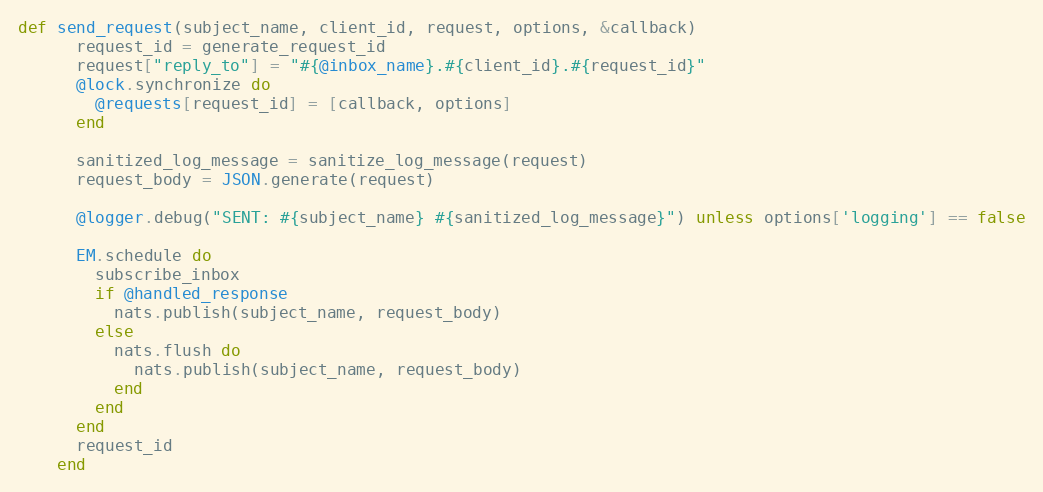
Language: Ruby
def send_request(subject_name, client_id, request, options, &callback)
      request_id = generate_request_id
      request["reply_to"] = "#{@inbox_name}.#{client_id}.#{request_id}"
      @lock.synchronize do
        @requests[request_id] = [callback, options]
      end

      sanitized_log_message = sanitize_log_message(request)
      request_body = JSON.generate(request)

      @logger.debug("SENT: #{subject_name} #{sanitized_log_message}") unless options['logging'] == false

      EM.schedule do
        subscribe_inbox
        if @handled_response
          nats.publish(subject_name, request_body)
        else
          nats.flush do
            nats.publish(subject_name, request_body)
          end
        end
      end
      request_id
    end